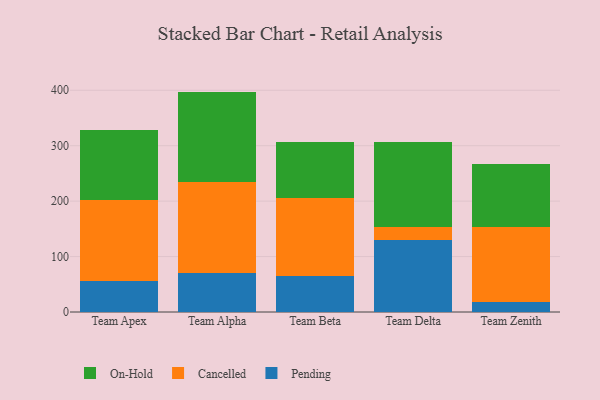
{"axis": {"x": "Team", "y": "Website Visitors"}, "legend": ["Cancelled", "On-Hold", "Pending"], "data": [{"x": "Team Apex", "y": 55.4, "type": "Pending"}, {"x": "Team Apex", "y": 146.3, "type": "Cancelled"}, {"x": "Team Apex", "y": 127.5, "type": "On-Hold"}, {"x": "Team Alpha", "y": 70.4, "type": "Pending"}, {"x": "Team Alpha", "y": 164.0, "type": "Cancelled"}, {"x": "Team Alpha", "y": 163.2, "type": "On-Hold"}, {"x": "Team Beta", "y": 64.5, "type": "Pending"}, {"x": "Team Beta", "y": 140.4, "type": "Cancelled"}, {"x": "Team Beta", "y": 101.4, "type": "On-Hold"}, {"x": "Team Delta", "y": 130.2, "type": "Pending"}, {"x": "Team Delta", "y": 22.5, "type": "Cancelled"}, {"x": "Team Delta", "y": 154.2, "type": "On-Hold"}, {"x": "Team Zenith", "y": 18.3, "type": "Pending"}, {"x": "Team Zenith", "y": 134.2, "type": "Cancelled"}, {"x": "Team Zenith", "y": 115.2, "type": "On-Hold"}]}